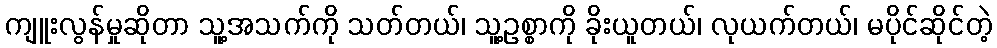
ကျူးလွန်မှုဆိုတာ သူ့အသက်ကို သတ်တယ်၊ သူ့ဥစ္စာကို ခိုးယူတယ်၊ လုယက်တယ်၊ မပိုင်ဆိုင်တဲ့